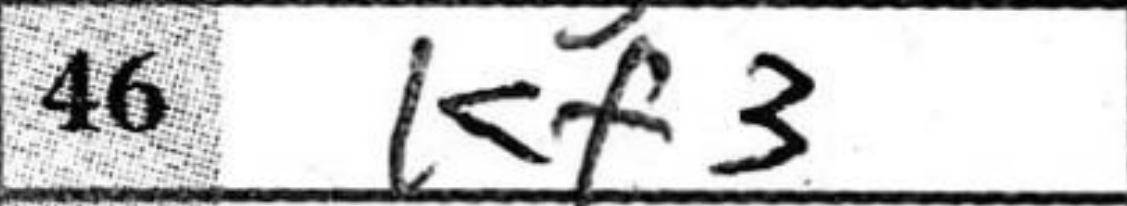
Transcription: Kf3